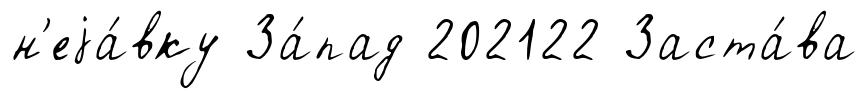
н'еjа́вку За́пад 202122 Заста́ва